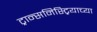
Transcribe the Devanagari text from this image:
ट्रान्सनिस्ट्रियाच्या